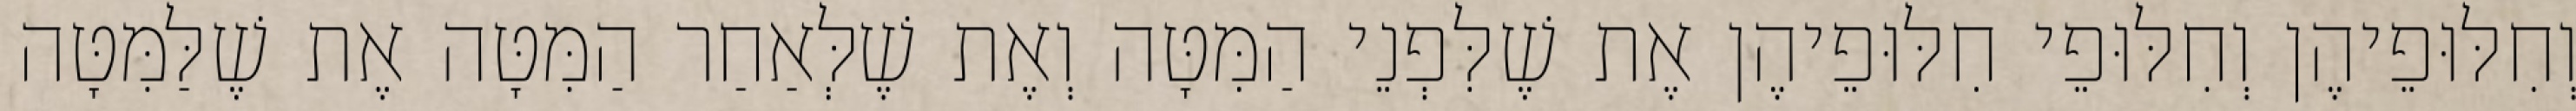
וְחִלּוּפֵיהֶן וְחִלּוּפֵי חִלּוּפֵיהֶן אֶת שֶׁלִּפְנֵי הַמִּטָּה וְאֶת שֶׁלְּאַחַר הַמִּטָּה אֶת שֶׁלַּמִּטָּה